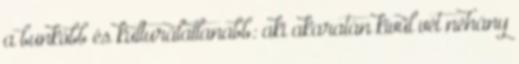
a bunkóbb és kulturálatlanabb: aki akaratán kí­vül vét néhány